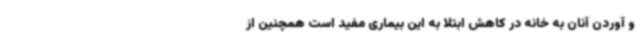
و آوردن آنان به خانه در کاهش ابتلا به این بیماری مفید است همچنین از